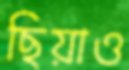
ছিয়াও